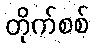
တိုက်စစ်